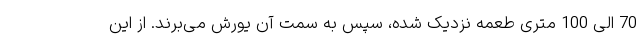
70 الی 100 متری طعمه نزدیک شده، سپس به سمت آن یورش می‌برند. از این